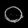
Digit: ၀